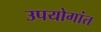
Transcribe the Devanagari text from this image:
उपयोगांत